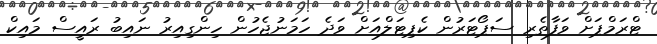
ޓްރަމްޕަށް ވަފާތެރި ސަޕޯޓަރުން ކެޕިޓަލްއަށް ވަދެ ހަމަނުޖެހުން ހިންގިއިރު ނައިބު ރައީސް މައިކް